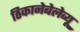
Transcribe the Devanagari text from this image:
ठिकानेबेलेव्यू